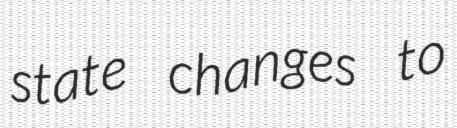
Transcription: state changes to